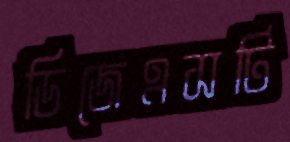
ডিজেএসটি